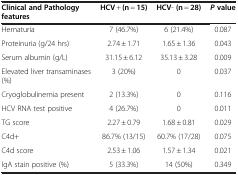
<table><thead><tr><td><b>Clinical and Pathology features</b></td><td><b>HCV + (n = 15)</b></td><td><b>HCV- (n = 28)</b></td><td><b><i>P </i>value</b></td></tr></thead><tbody><tr><td>Hematuria</td><td>7 (46.7%)</td><td>6 (21.4%)</td><td>0.087</td></tr><tr><td>Proteinuria (g/24 hrs)</td><td>2.74 ± 1.71</td><td>1.65 ± 1.36</td><td>0.043</td></tr><tr><td>Serum albumin (g/L)</td><td>31.15 ± 6.12</td><td>35.13 ± 3.28</td><td>0.009</td></tr><tr><td>Elevated liver transaminases (%)</td><td>3 (20%)</td><td>0</td><td>0.037</td></tr><tr><td>Cryoglobulinemia present</td><td>2 (13.3%)</td><td>0</td><td>0.116</td></tr><tr><td>HCV RNA test positive</td><td>4 (26.7%)</td><td>0</td><td>0.011</td></tr><tr><td>TG score</td><td>2.27 ± 0.79</td><td>1.68 ± 0.81</td><td>0.029</td></tr><tr><td>C4d+</td><td>86.7% (13/15)</td><td>60.7% (17/28)</td><td>0.075</td></tr><tr><td>C4d score</td><td>2.53 ± 1.06</td><td>1.57 ± 1.34</td><td>0.021</td></tr><tr><td>IgA stain positive (%)</td><td>5 (33.3%)</td><td>14 (50%)</td><td>0.349</td></tr></tbody></table>